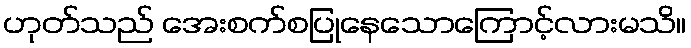
ဟုတ်သည် အေးစက်စပြုနေသောကြောင့်လားမသိ။